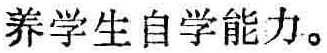
养学生自学能力。